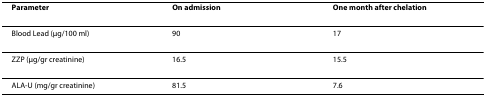
<table><thead><tr><td><b>Parameter</b></td><td><b>On admission</b></td><td><b>One month after chelation</b></td></tr></thead><tbody><tr><td>Blood Lead (μg/100 ml)</td><td>90</td><td>17</td></tr><tr><td>ZZP (μg/gr creatinine)</td><td>16.5</td><td>15.5</td></tr><tr><td>ALA-U (mg/gr creatinine)</td><td>81.5</td><td>7.6</td></tr></tbody></table>